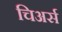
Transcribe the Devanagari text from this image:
चिअर्स